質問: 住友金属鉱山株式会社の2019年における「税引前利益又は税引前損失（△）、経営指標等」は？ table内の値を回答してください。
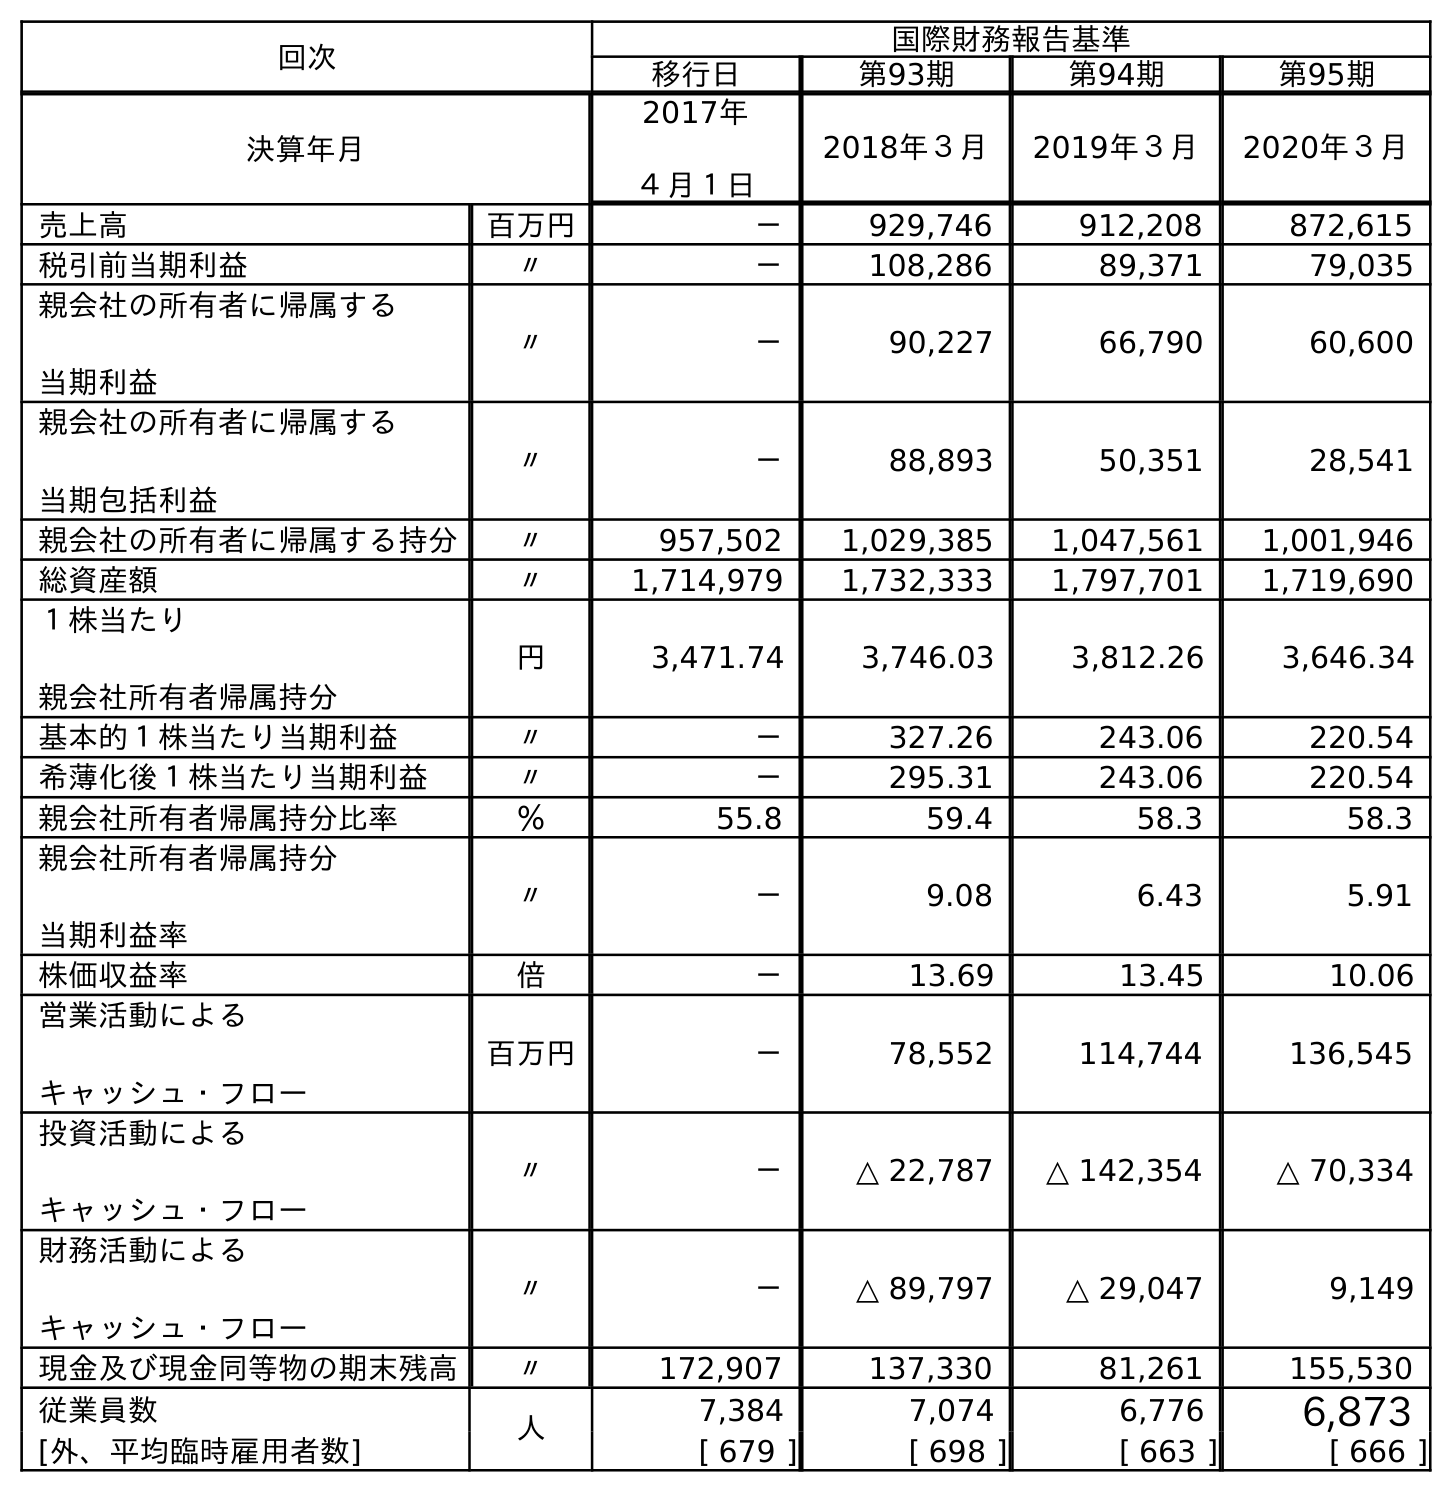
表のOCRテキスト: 回次 国際財務報告基準 移行日 第93期 第94期 第95期 決算年月 2017年 ４月１日 2018年３月 2019年３月 2020年３月 売上高 百万円 － 929,746 912,208 872,615 税引前当期利益 〃 － 108,286 89,371 79,035 親会社の所有者に帰属する 当期利益 〃 － 90,227 66,790 60,600 親会社の所有者に帰属する 当期包括利益 〃 － 88,893 50,351 28,541 親会社の所有者に帰属する持分 〃 957,502 1,029,385 1,047,561 1,001,946 総資産額 〃 1,714,979 1,732,333 1,797,701 1,719,690 １株当たり 親会社所有者帰属持分 円 3,471.74 3,746.03 3,812.26 3,646.34 基本的１株当たり当期利益 〃 － 327.26 243.06 220.54 希薄化後１株当たり当期利益 〃 － 295.31 243.06 220.54 親会社所有者帰属持分比率 ％ 55.8 59.4 58.3 58.3 親会社所有者帰属持分 当期利益率 〃 － 9.08 6.43 5.91 株価収益率 倍 － 13.69 13.45 10.06 営業活動による キャッシュ・フロー 百万円 － 78,552 114,744 136,545 投資活動による キャッシュ・フロー 〃 － △ 22,787 △ 142,354 △ 70,334 財務活動による キャッシュ・フロー 〃 － △ 89,797 △ 29,047 9,149 現金及び現金同等物の期末残高 〃 172,907 137,330 81,261 155,530 従業員数 人 7,384 7,074 6,776 6,873 [外、平均臨時雇用者数] [ 679 ] [ 698 ] [ 663 ] [ 666 ]
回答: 89,371